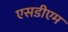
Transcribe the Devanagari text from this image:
एसडीएम